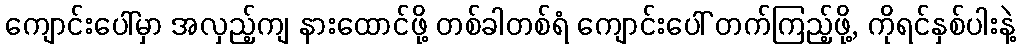
ကျောင်းပေါ်မှာ အလှည့်ကျ နားထောင်ဖို့ တစ်ခါတစ်ရံ ကျောင်းပေါ် တက်ကြည့်ဖို့, ကိုရင်နှစ်ပါးနဲ့